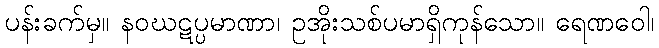
ပန်းခက်မှ။ နဝဃဋပ္ပမာဏာ၊ ဥအိုးသစ်ပမာရှိကုန်သော။ ရေဏဝေါ၊